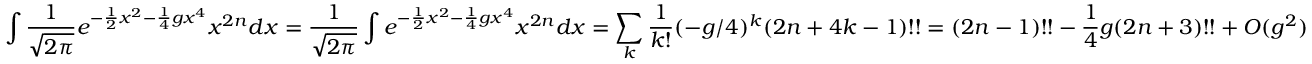
\int { \frac { 1 } { \sqrt { 2 \pi } } } e ^ { - { \frac { 1 } { 2 } } x ^ { 2 } - { \frac { 1 } { 4 } } g x ^ { 4 } } x ^ { 2 n } d x = { \frac { 1 } { \sqrt { 2 \pi } } } \int e ^ { - { \frac { 1 } { 2 } } x ^ { 2 } - { \frac { 1 } { 4 } } g x ^ { 4 } } x ^ { 2 n } d x = \sum _ { k } { \frac { 1 } { k ! } } ( - g / 4 ) ^ { k } ( 2 n + 4 k - 1 ) ! ! = ( 2 n - 1 ) ! ! - { \frac { 1 } { 4 } } g ( 2 n + 3 ) ! ! + O ( g ^ { 2 } )